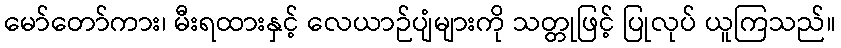
မော်တော်ကား၊ မီးရထားနှင့် လေယာဉ်ပျံများကို သတ္တုဖြင့် ပြုလုပ် ယူကြသည်။